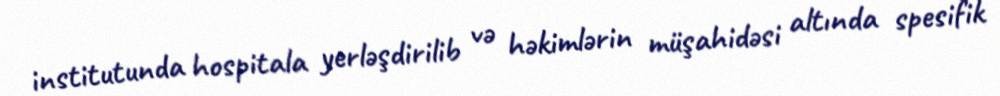
institutunda hospitala yerləşdirilib və həkimlərin müşahidəsi altında spesifik